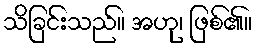
သိခြင်းသည်။ အဟု၊ ဖြစ်၏။